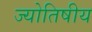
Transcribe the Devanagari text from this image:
ज्‍योतिषीय